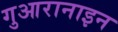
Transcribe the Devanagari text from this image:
गुआरानाइन